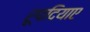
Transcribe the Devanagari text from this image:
रूपदियाए